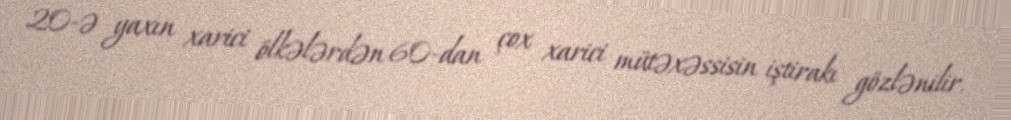
20-ə yaxın xarici ölkələrdən 60-dan çox xarici mütəxəssisin iştirakı gözlənilir.